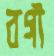
বগী